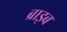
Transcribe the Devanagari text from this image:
ब्राइब